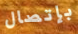
بإتصال